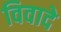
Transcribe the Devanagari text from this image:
विवादे